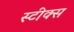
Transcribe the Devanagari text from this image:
स्टीक्स